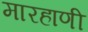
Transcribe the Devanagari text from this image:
मारहाणी